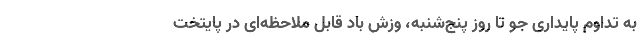
به تداوم پایداری جو تا روز پنج‌شنبه، وزش باد قابل ملاحظه‌ای در پایتخت